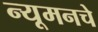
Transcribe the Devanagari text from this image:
न्यूमनचे